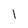
Character: 1